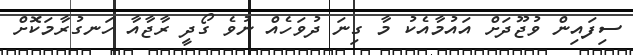
ސިފައިން ވުޖޫދަށް އައުމާއެކު މާ ގިނަ ދުވަހެއް ނުވެ ގޯދީ ރާޖާއާ ހަނގުރާމަކޮށް